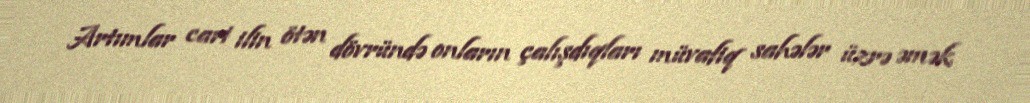
Artımlar cari ilin ötən dövründə onların çalışdıqları müvafiq sahələr üzrə əmək